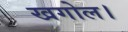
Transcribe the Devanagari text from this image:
खगोल।